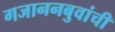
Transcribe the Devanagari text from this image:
गजाननबुवांची